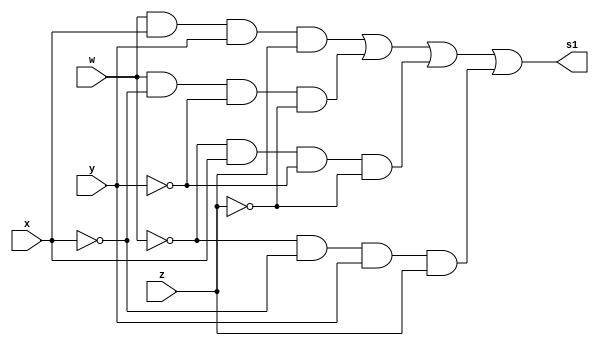
// ---------------------
// TRUTH TABLE
// Nome: marcos antonio lommez Candido Ribeiro
// 17/09/2022
// ---------------------

module fwxyz (output s1, input w, input x, input y, input z);
    assign s1 = (w & x & y & z) | (w & ~x & ~y & ~z) | (~w & x & ~y & ~z) | (~w & ~x & y & z);
endmodule // fwxyz


// ---------------------
// -- test_module
// ---------------------
module test_module;
    reg w, x, y, z;
    wire s1;

    // instancias
    fwxyz FWXYZ1 (s1, w, x, y, z);
    
    // valores iniciais
    initial 
        begin: start
            w=1'bx; // indefinidos
            x=1'bx; // indefinidos
            y=1'bx; // indefinidos
            z=1'bx; // indefinidos
        end

    // parte principal
    initial 
        begin: main
            // identificacao
            $display("Ex08 - Marcos Antonio Lommez - 771157");

            // monitoramento
            $display("\n");
            $display(" wxyz =");
            $monitor(" %b%b%b%b =   %b", w, x, y, z, s1);
            
            
            // sinalizacao
            #1 w=0; x=0; y=0; z=0;
            #1 w=0; x=0; y=0; z=1;
            #1 w=0; x=0; y=1; z=0;
            #1 w=0; x=0; y=1; z=1;
            #1 w=0; x=1; y=0; z=0;
            #1 w=0; x=1; y=0; z=1;
            #1 w=0; x=1; y=1; z=0;
            #1 w=0; x=1; y=1; z=1;
            #1 w=1; x=0; y=0; z=0;
            #1 w=1; x=0; y=0; z=1;
            #1 w=1; x=0; y=1; z=0;
            #1 w=1; x=0; y=1; z=1;
            #1 w=1; x=1; y=0; z=0;
            #1 w=1; x=1; y=0; z=1;
            #1 w=1; x=1; y=1; z=0;
            #1 w=1; x=1; y=1; z=1;
        end
endmodule // test_module